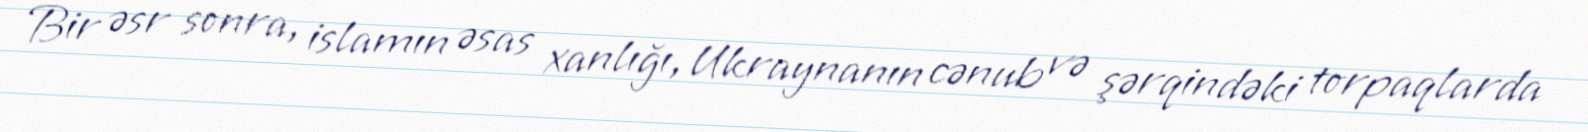
Bir əsr sonra, islamın əsas xanlığı, Ukraynanın cənub və şərqindəki torpaqlarda